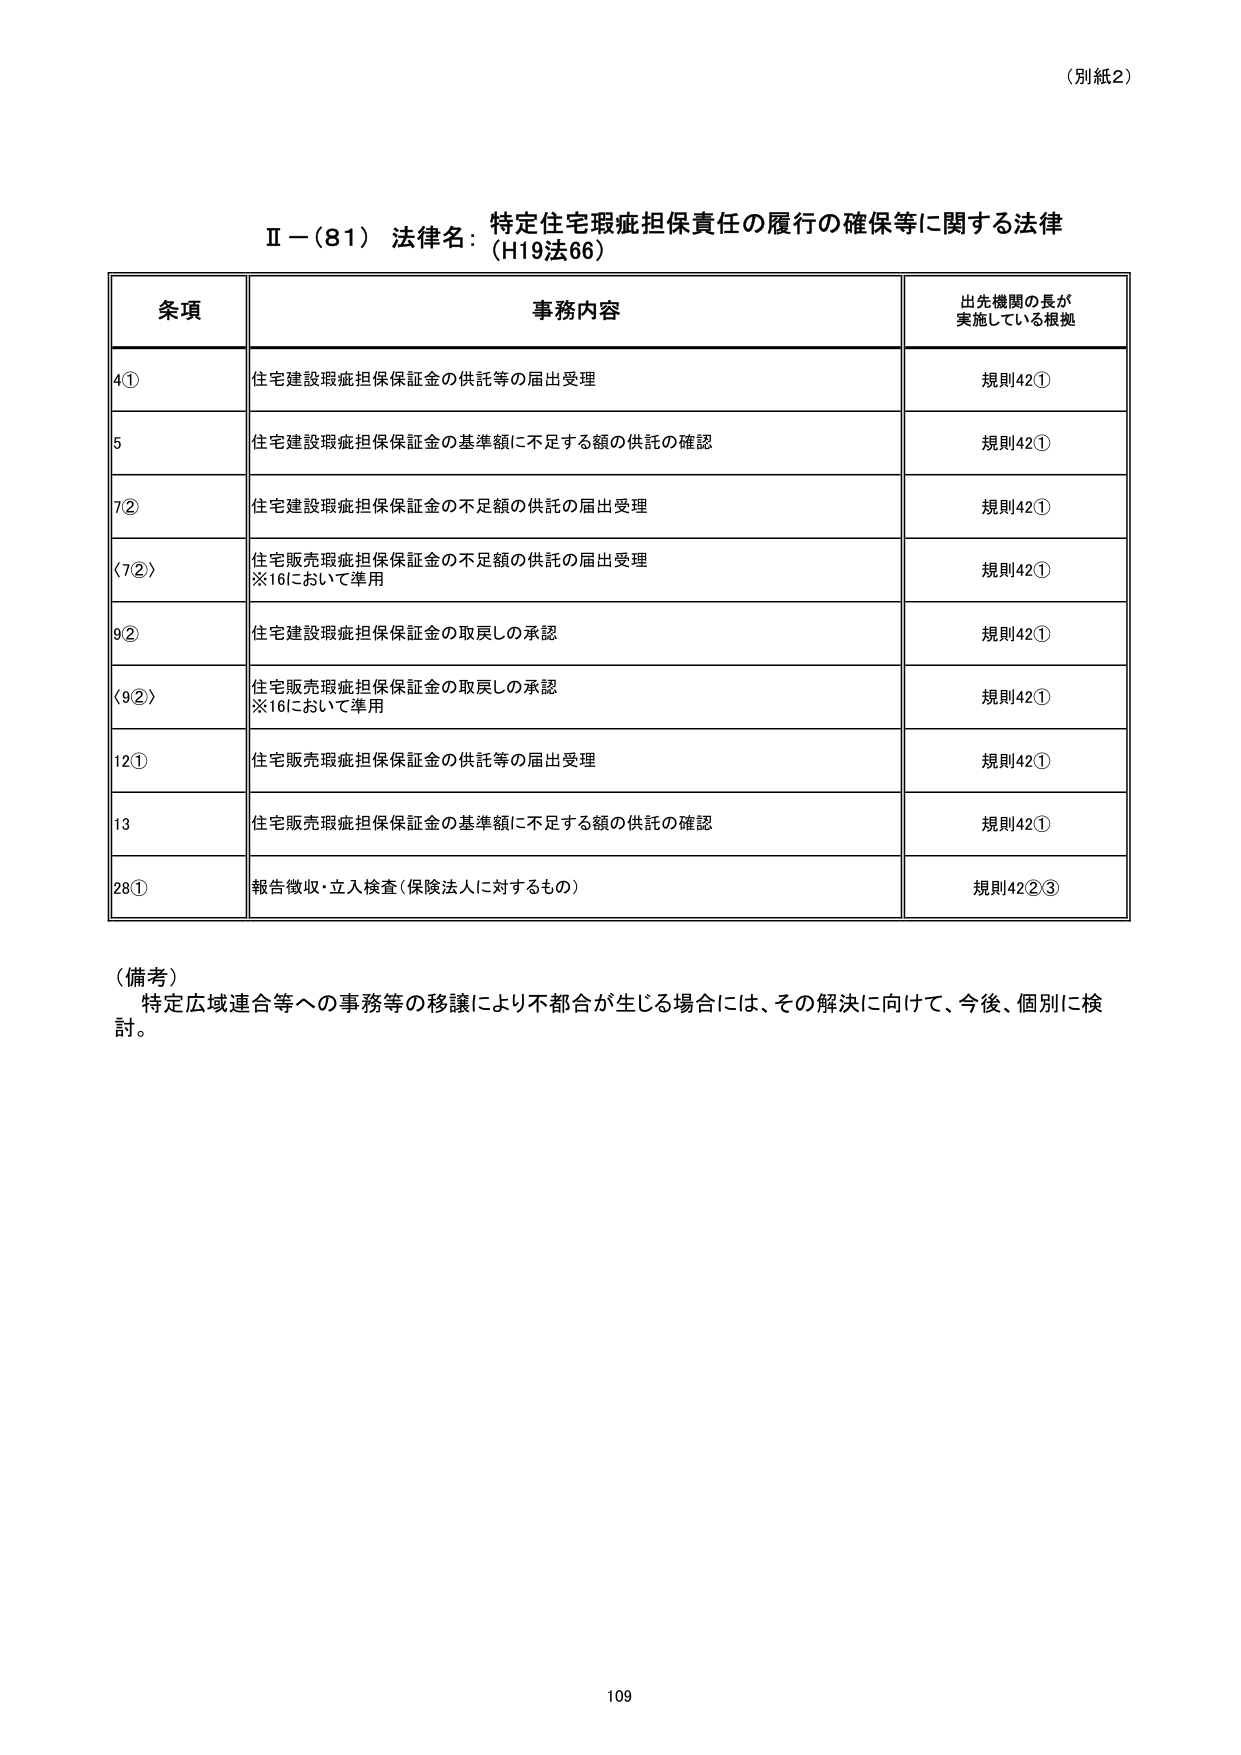
（別紙2）

Ⅱ－（81） 法律名：特定住宅瑕疵担保責任の履行の確保等に関する法律
（H19法66）

条項 事務内容 出先機関の長が
実施している根拠

4① 住宅建設瑕疵担保保証金の供託等の届出受理 規則42①

5 住宅建設瑕疵担保保証金の基準額に不足する額の供託の確認 規則42①

7② 住宅建設瑕疵担保保証金の不足額の供託の届出受理 規則42①

〈7②〉 住宅販売瑕疵担保保証金の不足額の供託の届出受理
※16において準用 規則42①

9② 住宅建設瑕疵担保保証金の取戻しの承認 規則42①

〈9②〉 住宅販売瑕疵担保保証金の取戻しの承認
※16において準用 規則42①

12① 住宅販売瑕疵担保保証金の供託等の届出受理 規則42①

13 住宅販売瑕疵担保保証金の基準額に不足する額の供託の確認 規則42①

28① 報告徴収・立入検査（保険法人に対するもの） 規則42②③

（備考）
特定広域連合等への事務等の移譲により不都合が生じる場合には、その解決に向けて、今後、個別に検討。

109